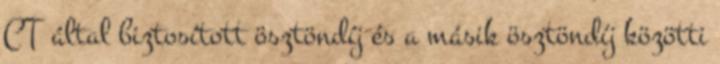
CT által biztosított ösztöndíj és a másik ösztöndíj közötti